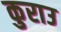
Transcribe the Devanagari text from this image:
कुराउ